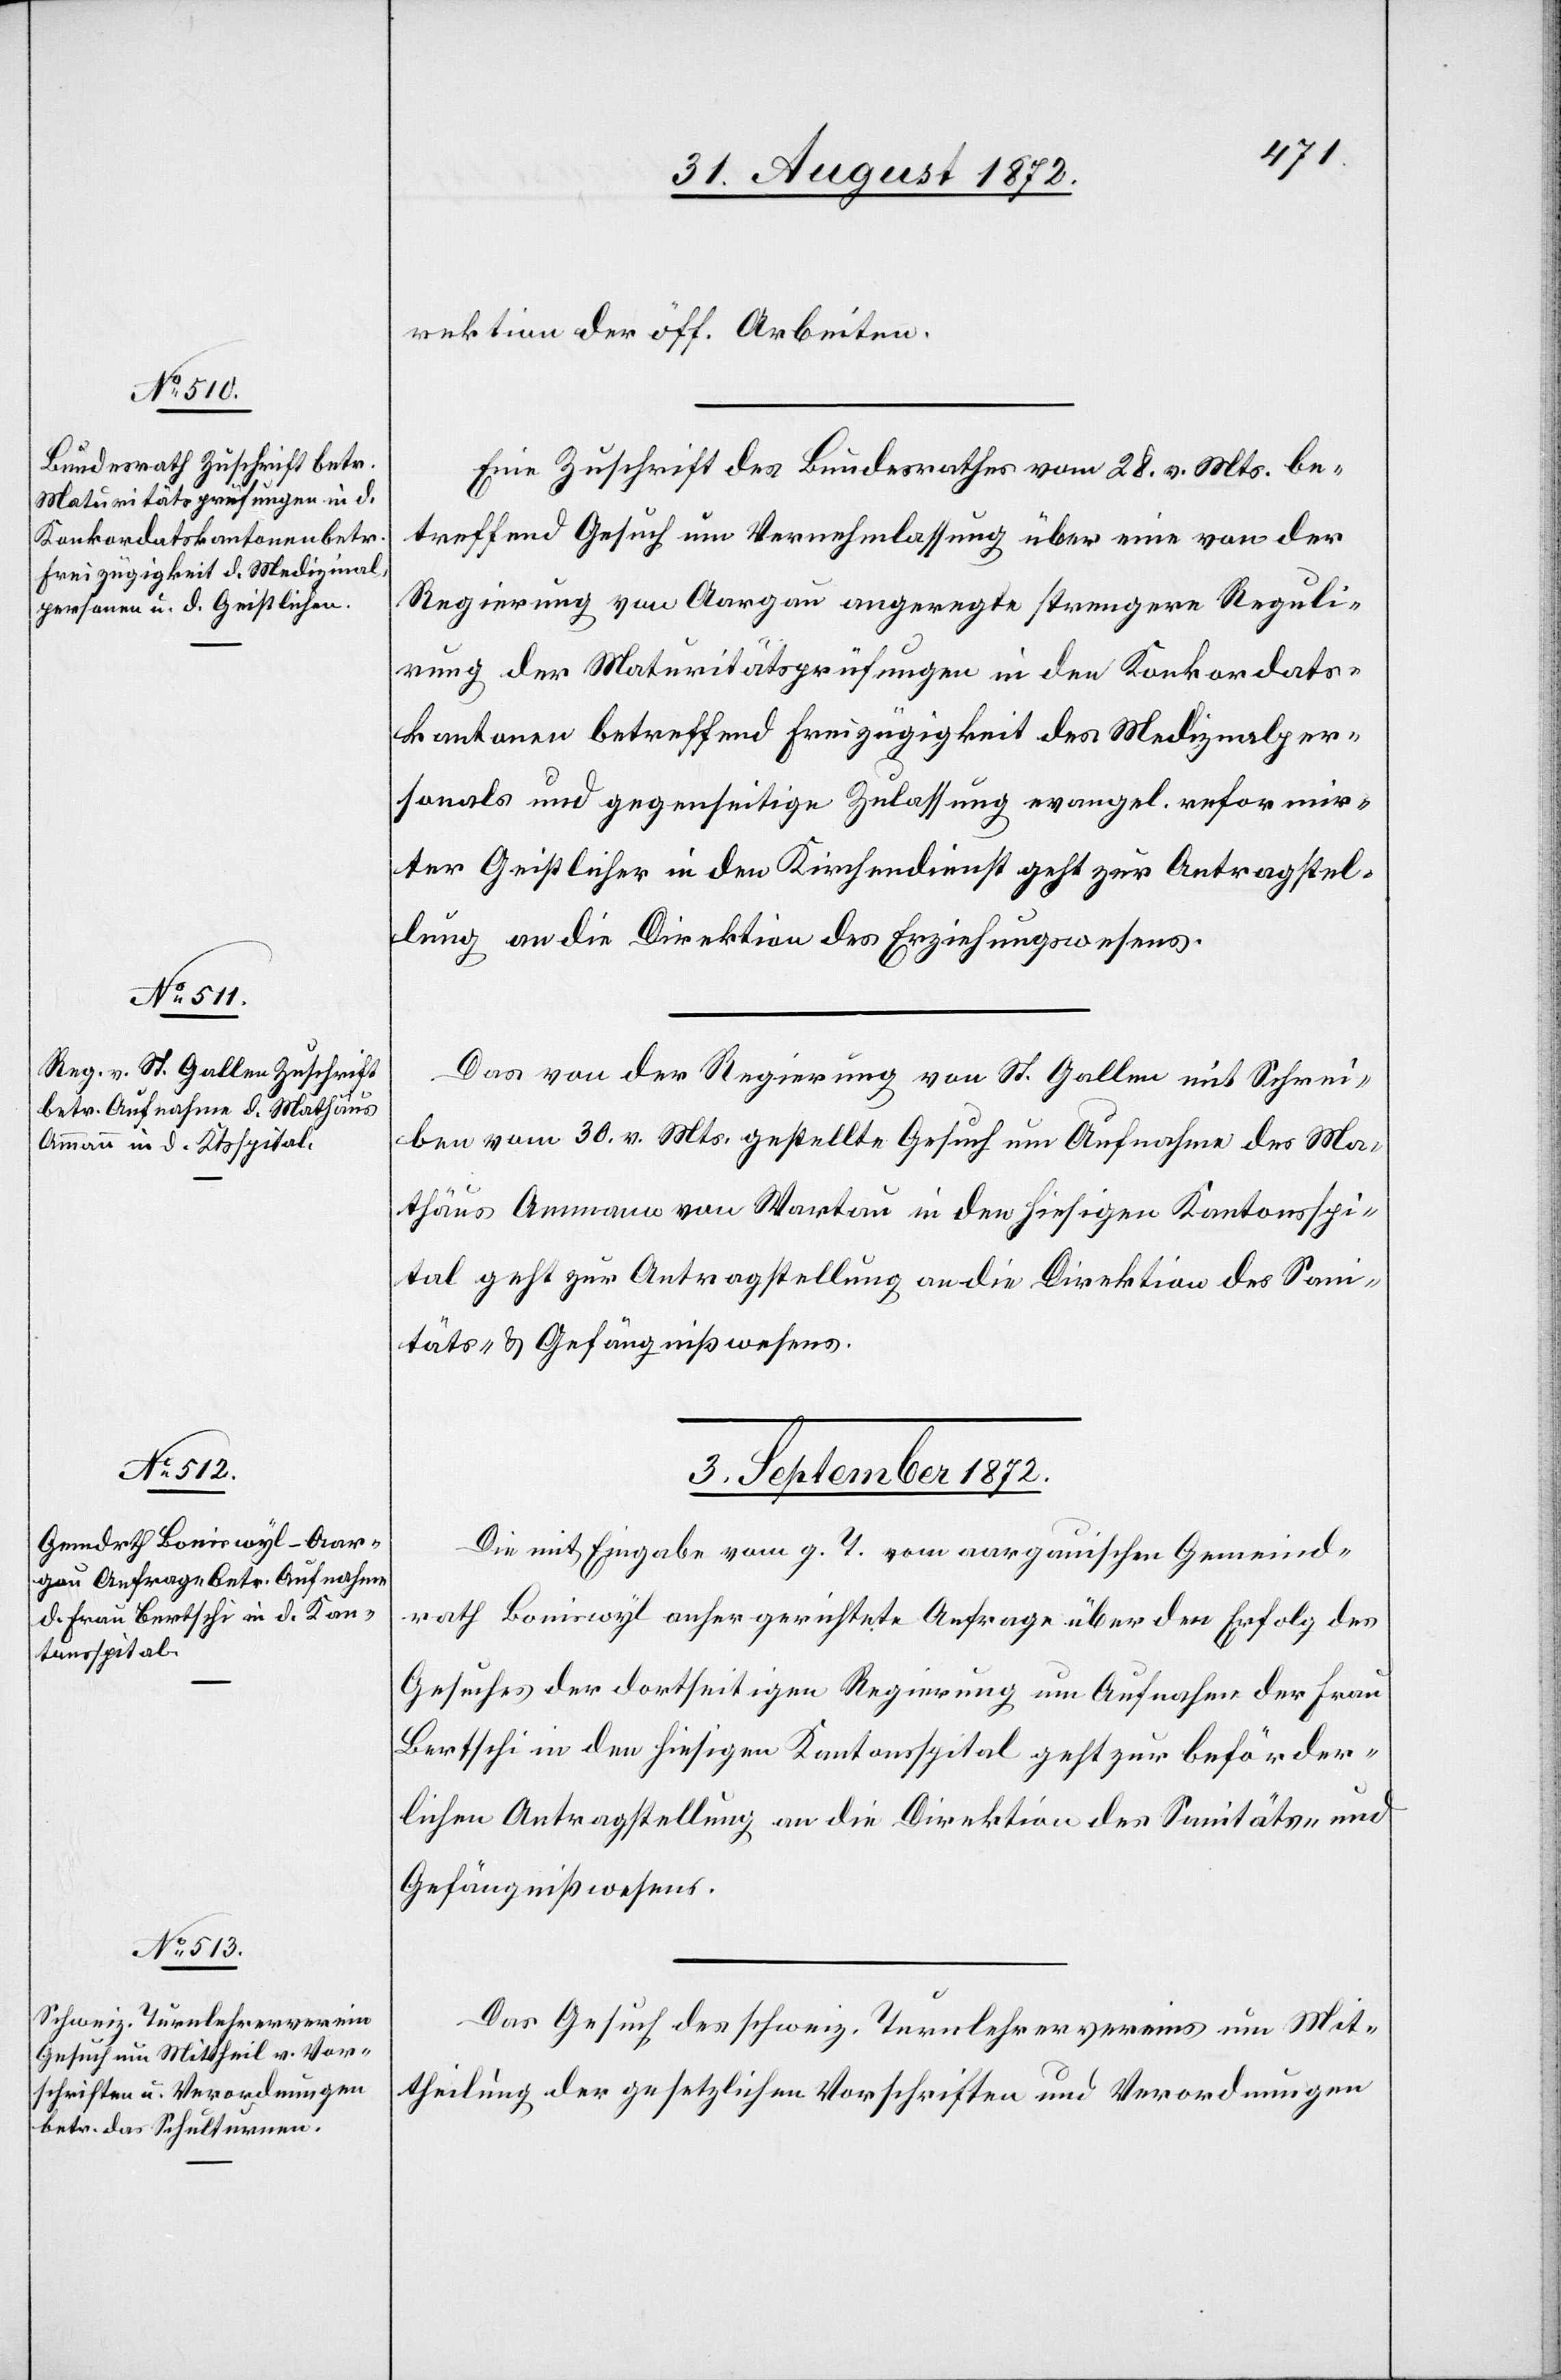
rektion der öff. Arbeiten.
Eine Zuschrift des Bundesrathes vom 28. v. Mts. be¬
treffend Gesuch um Vernehmlassung über eine von der
Regierung von Aargau angeregte strengere Reguli¬
rung der Maturitätsprüfungen in den Konkordats¬
kantonen betreffend Freizügigkeit des Medizinalper¬
sonals und gegenseitige Zulassung evangel. reformir¬
ter Geistlicher in den Kirchendienst geht zur Antragstel¬
lung an die Direktion des Erziehungswesens.
Das von der Regierung von St. Gallen mit Schrei¬
ben vom 30. v. Mts. gestellte Gesuch um Aufnahme des Ma¬
thäus Ammann von Wartau in den hiesigen Kantonsspi¬
tal geht zur Antragstellung an die Direktion des San¬
itäts- u. Gefängnißwesens.
3. September 1872.]
Die mit Eingabe vom g. T. vom aargauischen Gemeind¬
rath Boniswyl anhergerichtete Anfrage über den Erfolg des
Gesuches der dortseitigen Regierung um Aufnahme der Frau
Bertschi in den hiesigen Kantonsspital geht zur beförder¬
lichen Antragstellung an die Direktion des Sanitäts- und
Gefängnißwesens.
Das Gesuch des schweiz. Turnlehrervereins um Mit¬
theilung der gesetzlichen Vorschriften und Verordnungen